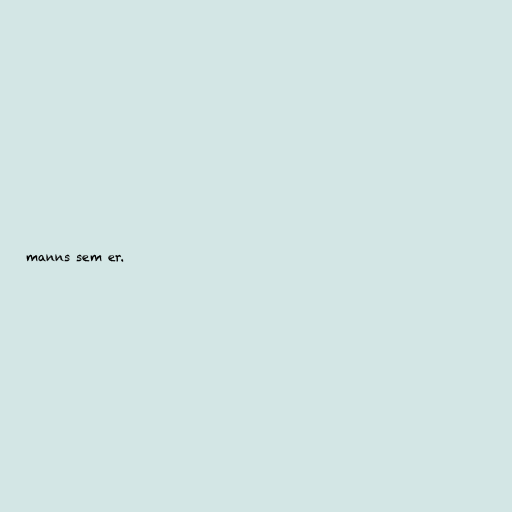
manns sem er.